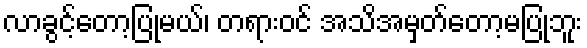
လာခွင့်တော့ပြုမယ်၊ တရားဝင် အသိအမှတ်တော့မပြုဘူး